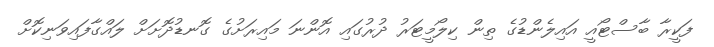
ފަކީރާ ބާސްޓޯއީ އައިލެންޑުގެ ތިން ކިލޯމީޓަރު ދުރުގައި އޮންނަ މައިރަށުގެ ގޮނޑުދޮށަށް ލައްގާފައިވަނިކޮށް